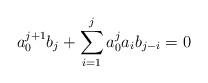
LaTeX: \begin{align*}a_{0}^{j+1}b_{j}+\sum\limits^{j}_{i=1}a_{0}^{j}a_{i}b_{j-i}=0\end{align*}